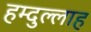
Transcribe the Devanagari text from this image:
हम्दुल्लाह